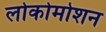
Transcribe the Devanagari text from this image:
लोकोमोशन